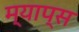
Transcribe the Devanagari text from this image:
म्याप्स